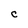
Character: C